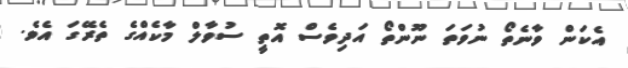
އެކަން ވާނެތޯ ނުވަތަ ނޫންތޯ އަދިވެސް އޮތީ ސުވާލް މާކެއްގެ ތެރޭގަ އެވެ.